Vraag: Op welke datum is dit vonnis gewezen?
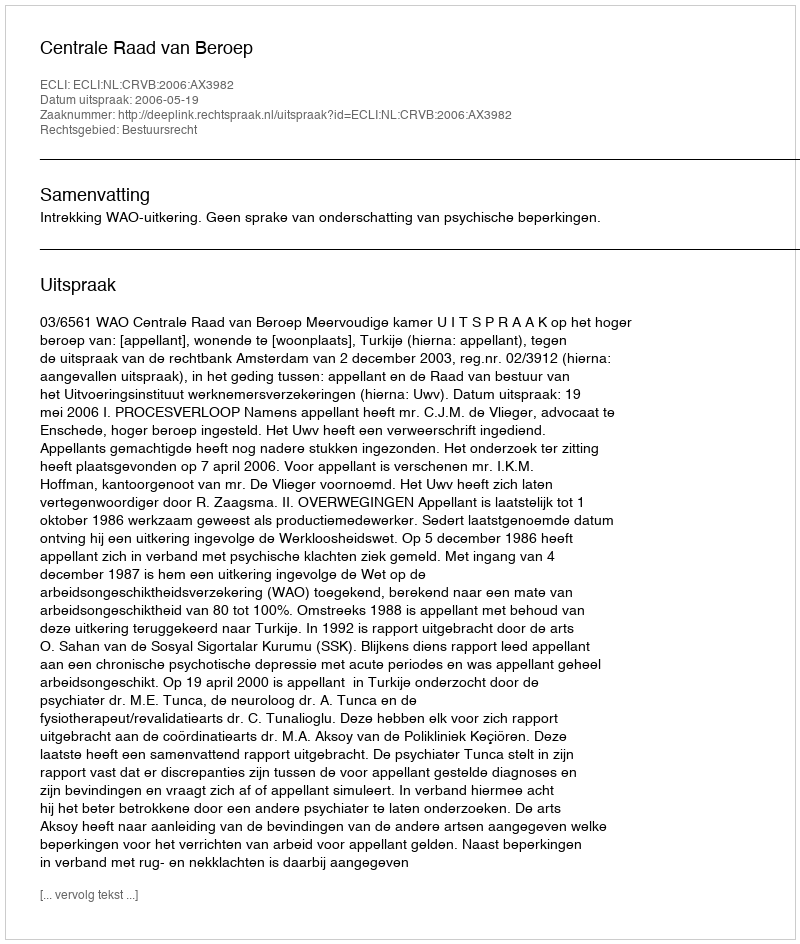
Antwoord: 2006-05-19